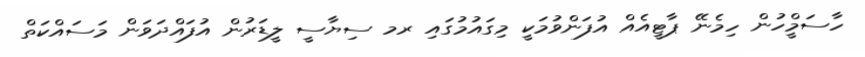
ހާސަމްީހުން ހިމެނޭ ޕާޓީއެއް އުފަންވުމަކީ މިގައުމުގައި ރމ ސިޔާސީ ލީޑަރުން އުފައްދަވަން މަސައްކަތް